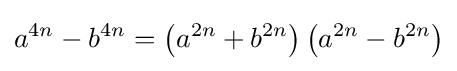
a^{4n}-b^{4n}=\left(a^{2n}+b^{2n}\right)\left(a^{2n}-b^{2n}\right)